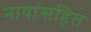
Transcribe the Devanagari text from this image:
नावांसहित